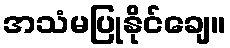
အသံမပြုနိုင်ချေ။